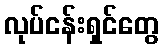
လုပ်ငန်းရှင်တွေ